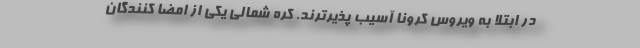
در ابتلا به ویروس کرونا آسیب پذیرترند. کره شمالی یکی از امضا کنندگان